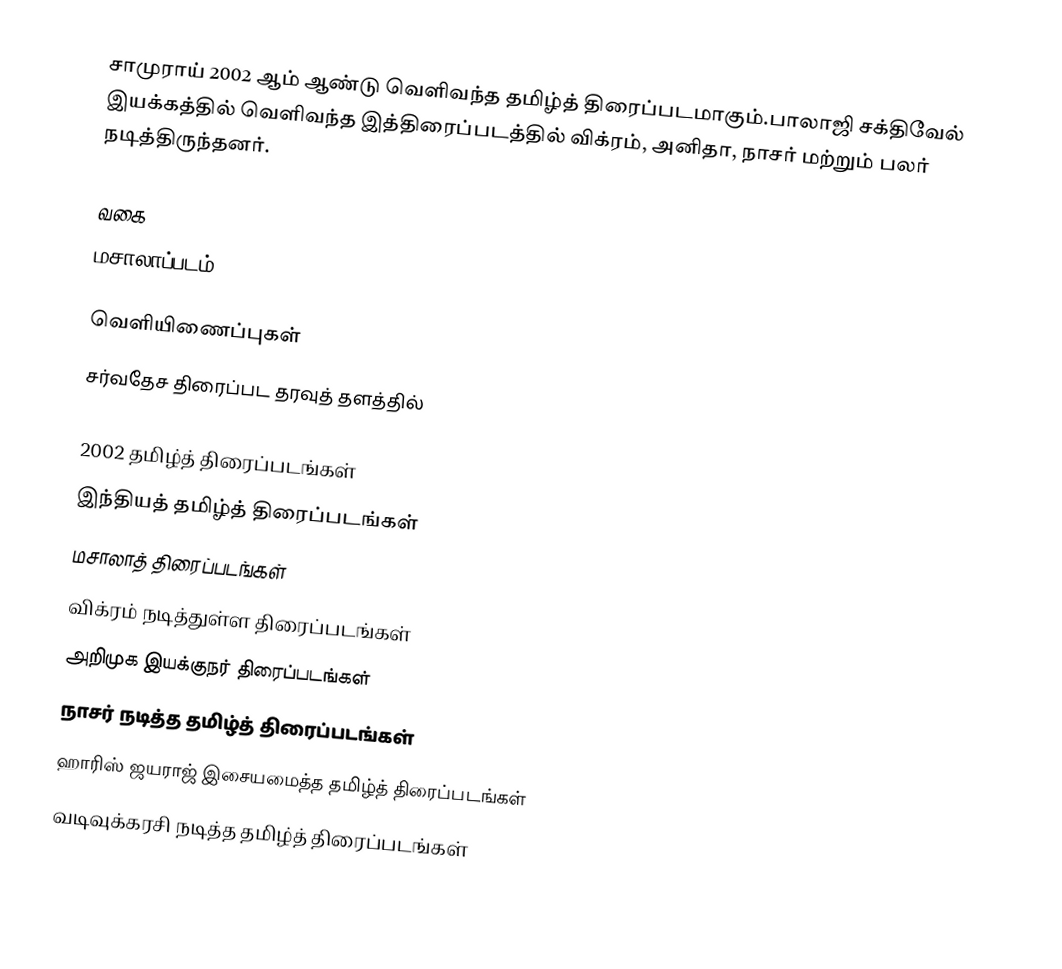
சாமுராய் 2002 ஆம் ஆண்டு வெளிவந்த தமிழ்த் திரைப்படமாகும்.பாலாஜி சக்திவேல் இயக்கத்தில் வெளிவந்த இத்திரைப்படத்தில் விக்ரம், அனிதா, நாசர் மற்றும் பலர் நடித்திருந்தனர்.

வகை
மசாலாப்படம்

வெளியிணைப்புகள்
சர்வதேச திரைப்பட தரவுத் தளத்தில்

2002 தமிழ்த் திரைப்படங்கள்
இந்தியத் தமிழ்த் திரைப்படங்கள்
மசாலாத் திரைப்படங்கள்
விக்ரம் நடித்துள்ள திரைப்படங்கள்
அறிமுக இயக்குநர் திரைப்படங்கள்
நாசர் நடித்த தமிழ்த் திரைப்படங்கள்
ஹாரிஸ் ஜயராஜ் இசையமைத்த தமிழ்த் திரைப்படங்கள்
வடிவுக்கரசி நடித்த தமிழ்த் திரைப்படங்கள்